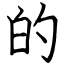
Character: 的